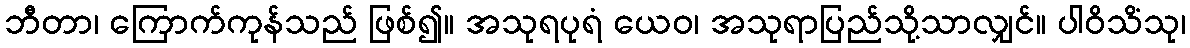
ဘီတာ၊ ကြောက်ကုန်သည် ဖြစ်၍။ အသုရပုရံ ယေဝ၊ အသုရာပြည်သို့သာလျှင်။ ပါဝိသိံသု၊